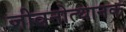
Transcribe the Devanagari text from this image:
जीवनोत्थानक